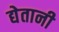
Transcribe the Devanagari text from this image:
द्येतानी